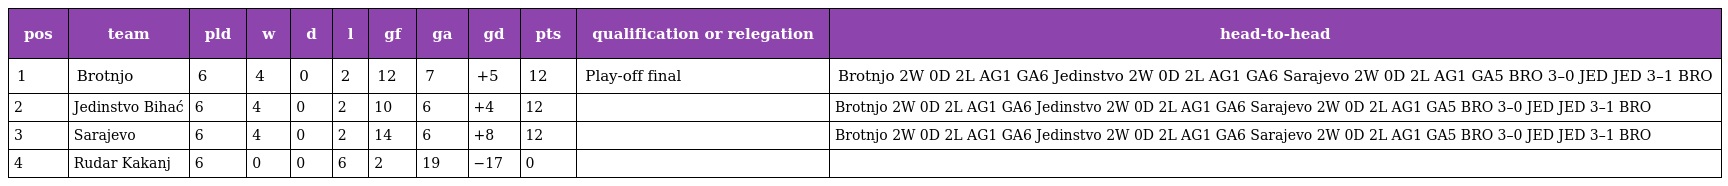
| pos | team | pld | w | d | l | gf | ga | gd | pts | qualification or relegation | head-to-head |
 | --- | --- | --- | --- | --- | --- | --- | --- | --- | --- | --- | --- |
 | 1 | Brotnjo | 6 | 4 | 0 | 2 | 12 | 7 | +5 | 12 | Play-off final | Brotnjo 2W 0D 2L AG1 GA6 Jedinstvo 2W 0D 2L AG1 GA6 Sarajevo 2W 0D 2L AG1 GA5 BRO 3–0 JED JED 3–1 BRO |
 | 2 | Jedinstvo Bihać | 6 | 4 | 0 | 2 | 10 | 6 | +4 | 12 |  | Brotnjo 2W 0D 2L AG1 GA6 Jedinstvo 2W 0D 2L AG1 GA6 Sarajevo 2W 0D 2L AG1 GA5 BRO 3–0 JED JED 3–1 BRO |
 | 3 | Sarajevo | 6 | 4 | 0 | 2 | 14 | 6 | +8 | 12 |  | Brotnjo 2W 0D 2L AG1 GA6 Jedinstvo 2W 0D 2L AG1 GA6 Sarajevo 2W 0D 2L AG1 GA5 BRO 3–0 JED JED 3–1 BRO |
 | 4 | Rudar Kakanj | 6 | 0 | 0 | 6 | 2 | 19 | −17 | 0 |  |  |